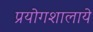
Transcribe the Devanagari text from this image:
प्रयोगशालाये